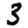
Digit: 3